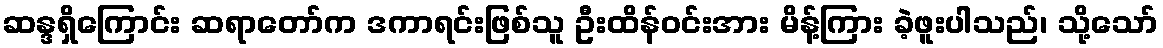
ဆန္ဒရှိကြောင်း ဆရာတော်က ဒကာရင်းဖြစ်သူ ဦးထိန်ဝင်းအား မိန့်ကြား ခဲ့ဖူးပါသည်၊ သို့သော်